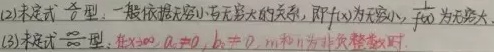
(2) 未定式 \(0\cdot\infty\) 型：一般依据无穷小与无穷大的关系，即 \(f(x)\) 为无穷小，\(F(x)\) 为无穷大；
(3) 未定式 \(\frac{0}{0}\) 型：在 \(x \to 0\)，\(a \neq 0\)，\(b \neq 0\)，\(m\) 和 \(n\) 为非负整数时。